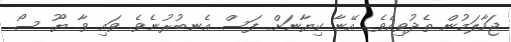
ޖަހާލަމުން ތެދުވިއެވެ. އޭނާ ކިޔާނަށް ފަސް އެނބުރުނެވެ. ވައި ވާ ޔޫ ސޯ